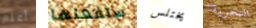
أعلم ستفعلها يختلس السخرية